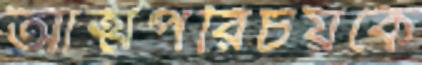
আত্মপরিচয়কে